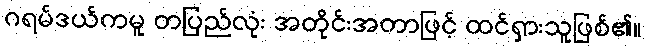
ဂရမ်ဒယ်ကမူ တပြည်လုံး အတိုင်းအတာဖြင့် ထင်ရှားသူဖြစ်၏။